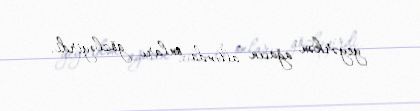
yeyərkən ağacın altında onları gözləyirdi.